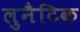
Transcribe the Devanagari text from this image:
लुनैटिक